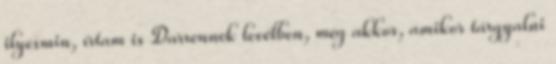
ilyesmin, írtam is Darrennek levélben, még akkor, amikor tárgyalni